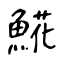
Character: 𩸽